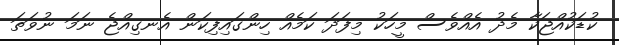
ކުޑަކުއްޖަކާ މެދު އެއްވެސް މީހަކު މިފަދަ ކަމެއް ހިންގައިފިކަން އެނގިއްޖެ ނަމަ ނުވަތަ